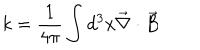
LaTeX: k = \frac { 1 } { 4 \pi } \int d ^ { 3 } x \vec { \nabla } \cdot \vec { B }